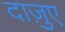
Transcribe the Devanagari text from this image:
दाज़ुए